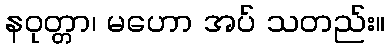
နဝုတ္တာ၊ မဟော အပ် သတည်း။